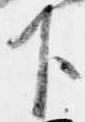
下